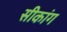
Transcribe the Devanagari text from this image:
सीकांग